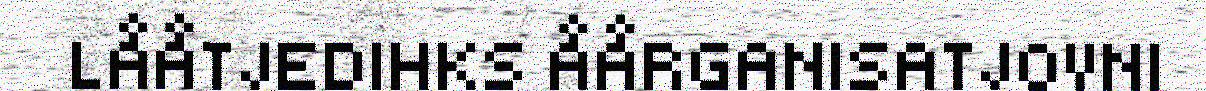
LÅÅTJEDIHKS ÅÅRGANISATJOVNI